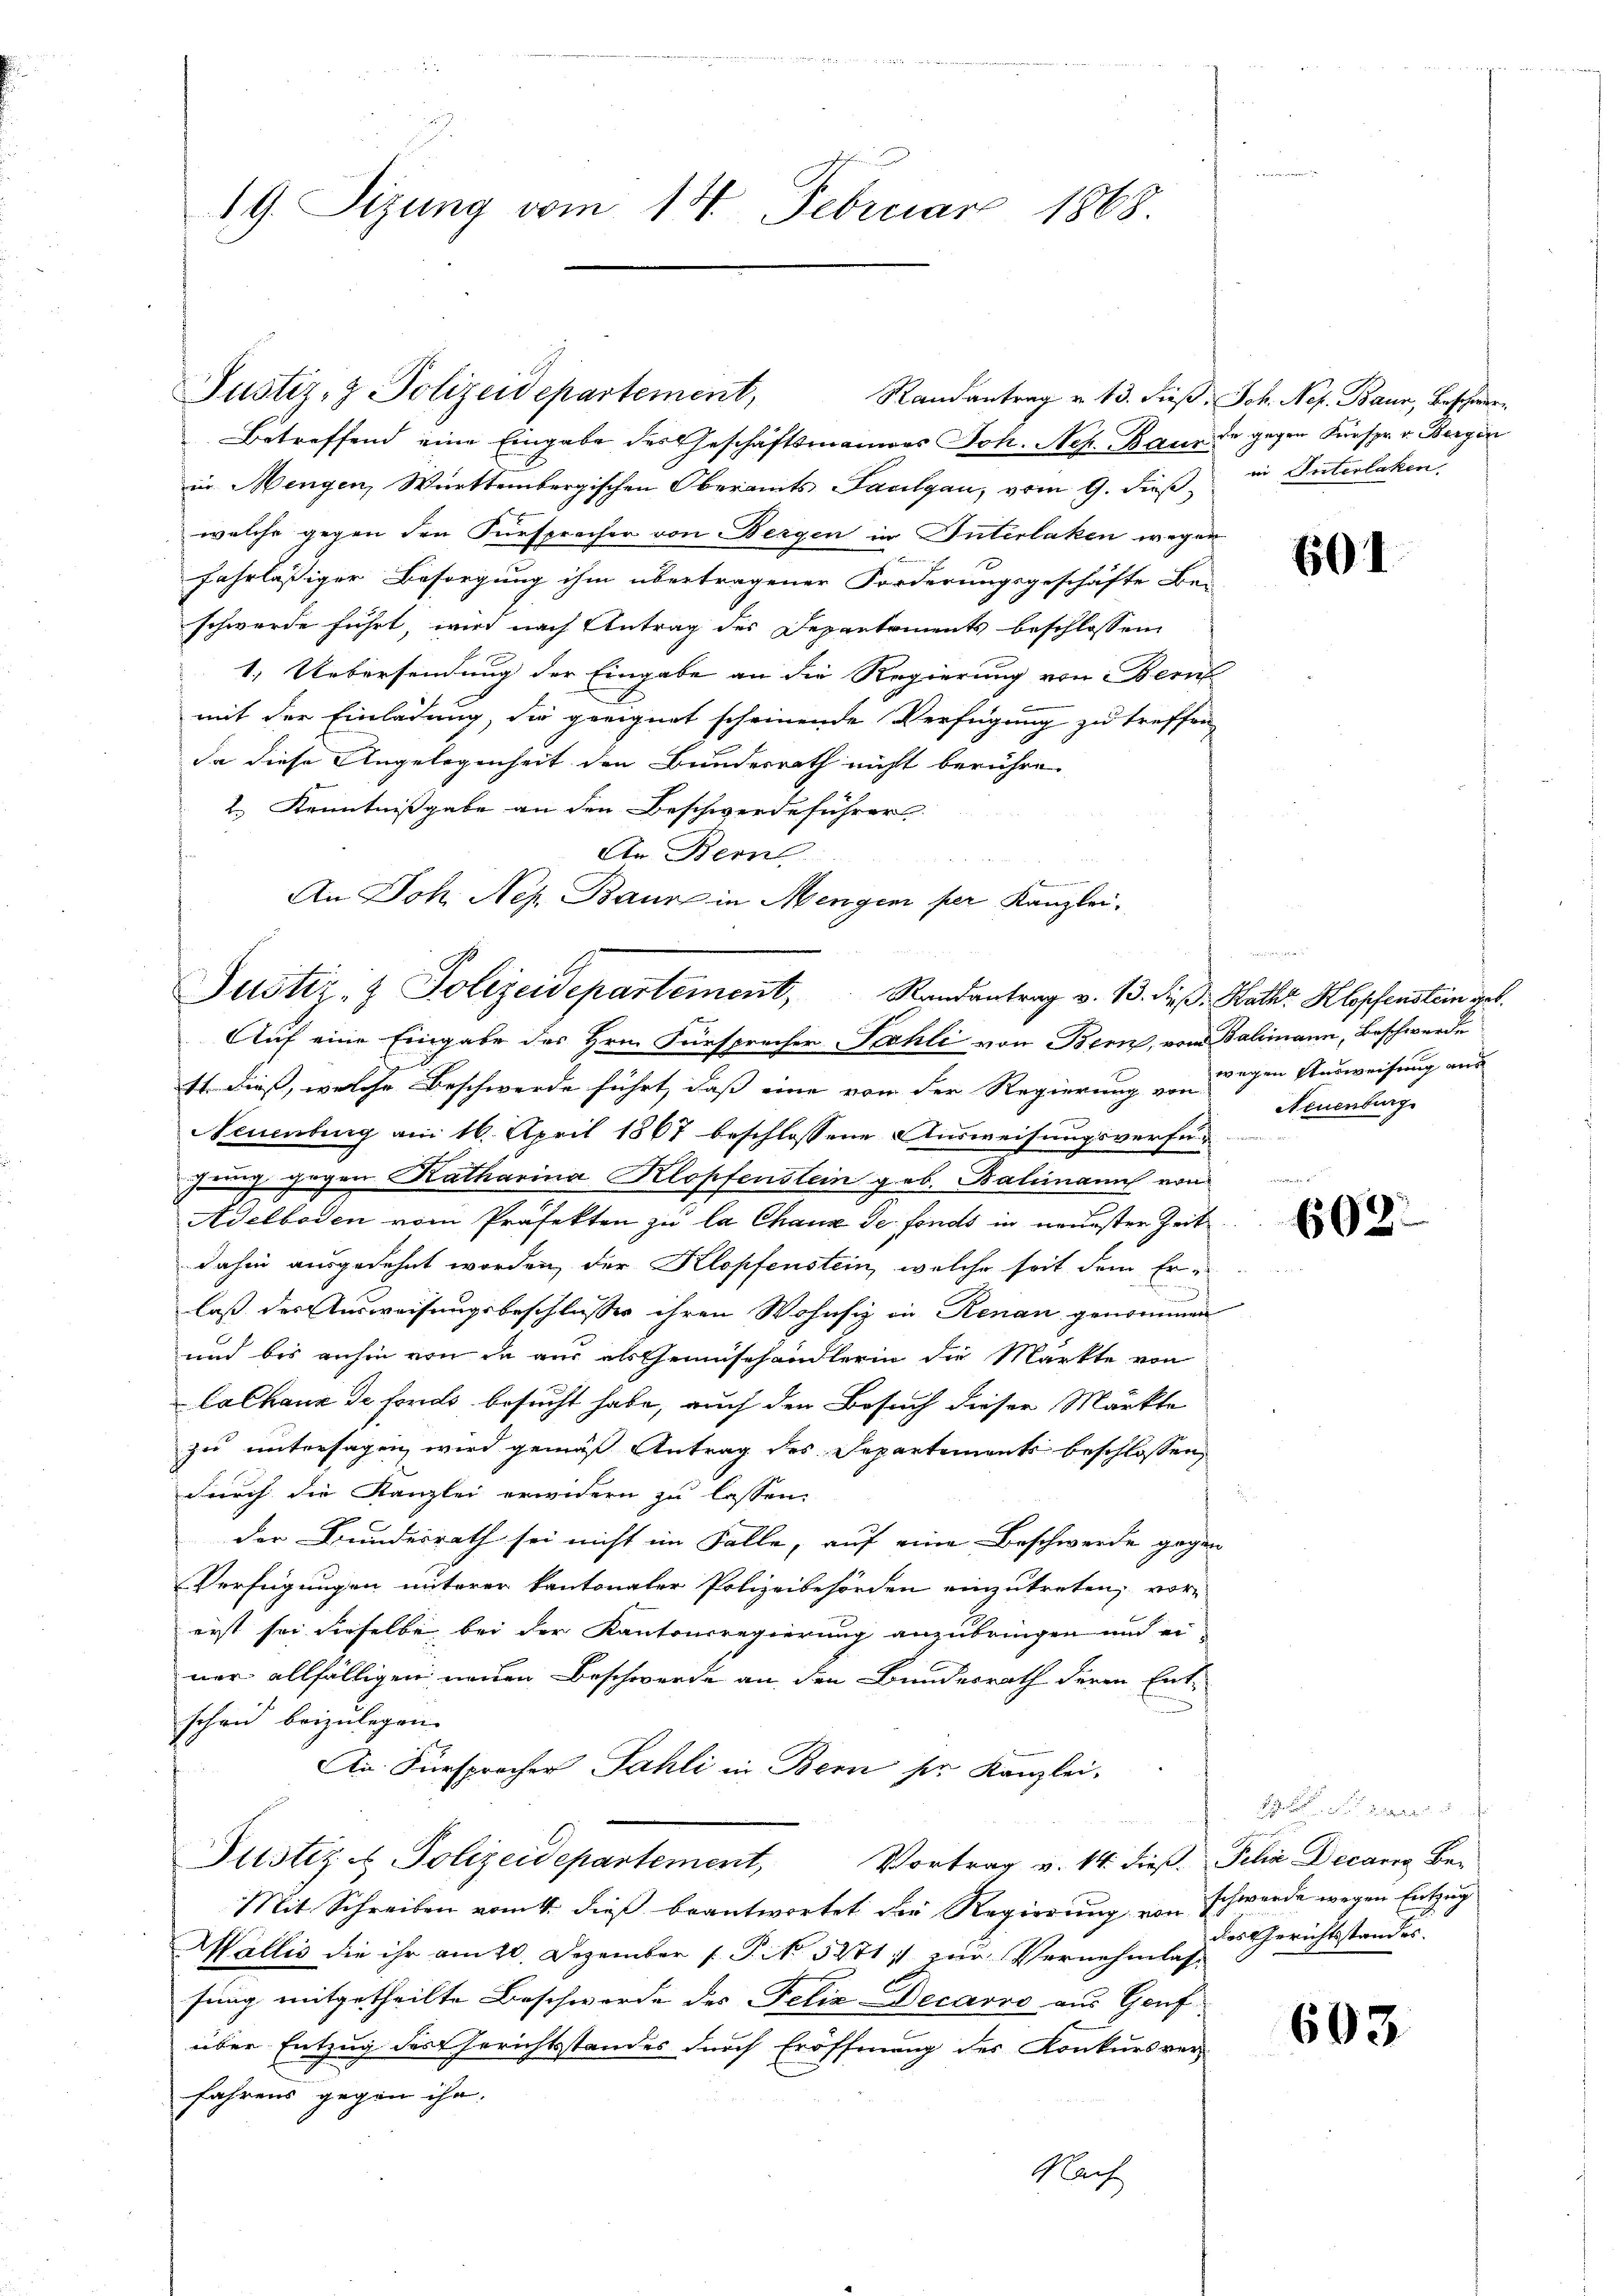
19. Sizung vom 14. Februar 1868.

Betreffend eine Eingabe des Geschäftsmannes Joh. Neh. Bau de gegen Fürspr. v. Bergin
in Mengen, Württembergischen Oberamts Faulgau, vom 9. dieß in Interlaken
welche gegen den Fürsprecher von Bergen in Interlaken wegen
fahrlässiger Besorgung ihm übertragener Forderungsgeschäfte Be-
schwerde führt, wird nach Antrag des Departements beschlossen
1. Uebersendung der Eingabe an die Regierung von Bern
mit der Einladung, die geeignet scheinende Verfügung zu treffen
da diese Angelegenheit den Bundesrath nicht berühre.
2.) Kenntnißgabe an den Beschwerdeführer
An Berne
An Joh. Nep. Bann in Mengen per Kanzlei.

Justiz- & Polizeidepartement, Randantrag v. 13. die Kath. Klopfenstein geb.
Auf eine Eingabe des Hrn. Fürsprecher Fahli von Bern, vom Balmann, Beschwerde

Justiz, z. Polizeidepartement,

1t. dieß, welche Beschwerde führt, daß eine von der Regierung von wichen Ausweisung aus
Neuenburg am 16. April 1867 beschlossene Ausweisungsverfü¬
Juig gegen Katharina Klopfenstein geb. Balimann von
Adelboden vom Präfekten zu la Chaux de fonds in neuesten Zeit
dahin ausgedehnt worden, der Klopfenstein, welche seit dem Erlaß des Ausweisungsbeschlusses ihren Wohnsig in Renau genommen
und bis anhin von de aus als Gemüsehandlerin die Märkte von
lalhaus de fonds besucht habe, auch den Besuch dieser Märkte
zu untersagen wird gemäß Antrag des Separtements beschlossen,
durch die Kanzlei erwidern zu lassen.
der Bundesrath sei nicht im Falle, auf eine Beschwerde gegen
Verfügungen unterer kantonaler Polizeibehörden einzutreten, vor-
eist sei dieselbe bei der Kantonsregierung anzubringen und ei
ner allfälligen neuen Beschwerde an den Bundesrath deren Ent-
scheid beizulegen.
An. Fürsprecher Fahli in Bern ser Kanzlei-
Justiz & Polizeidepartement,
Vortrag v. 14. dieß. Felix Decaris Be-
Mit Schreiben vom 11. dieß beantwortet die Regierung von schwerde wegen Entzug
Wallis die ihr am 20. Dezember 1 Pf. 5371 11 zur Vernehme zu Gerichtsstandes.
sung mitgetheilte Beschwerde des Felix Decarro aus Gruf
über Entzug des Gerichtsstandes durch Eröffnung des Konkursver-
fahrens gegen ihn.
Nach

Randantrag u. 13. dieß, Joh. Nef. Baur, Beschwer¬

601

gegende
Neuenburg

602.

u

603